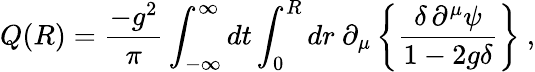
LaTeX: Q(R)=\frac{-g^{2}}{\pi}\int_{-\infty}^{\infty}dt\int_{0}^{R}dr~\partial_{\mu}\left\{ \frac{\delta\, \partial^{\mu}\psi}{1-2g\delta}\right\} {}~,